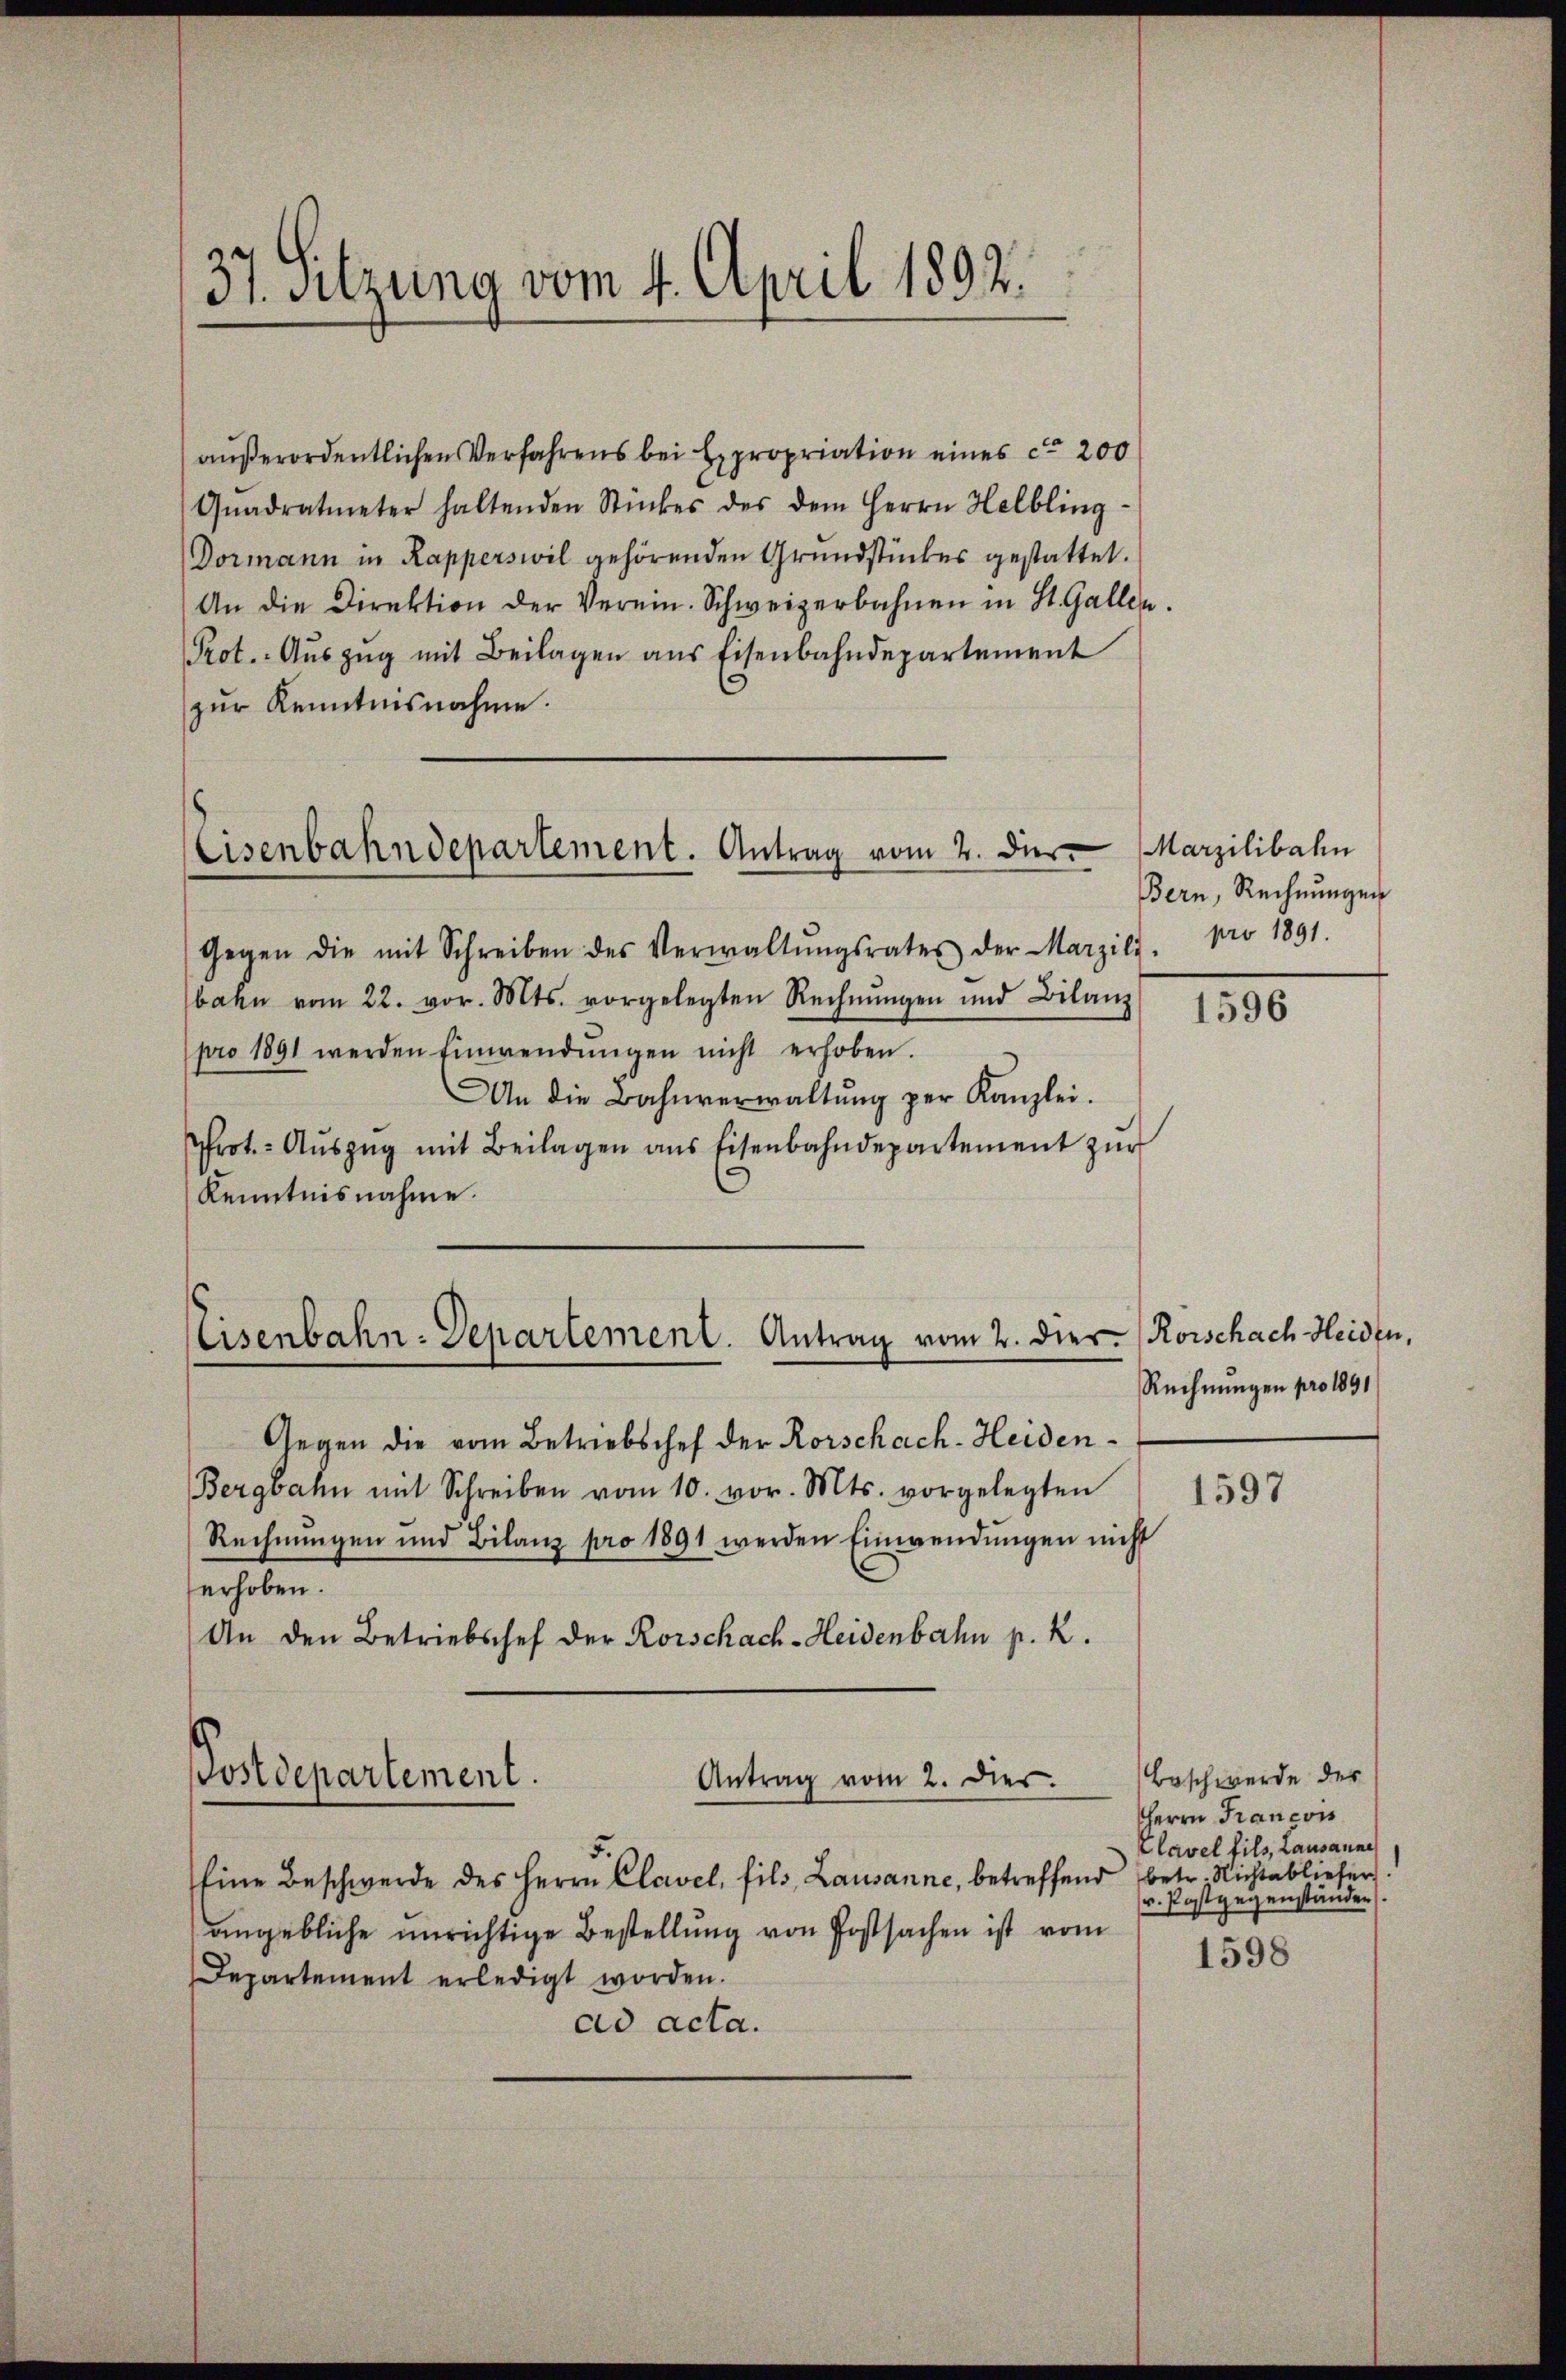
37. Sitzung vom 4. April 1892.

Eisenbahndepartement. Antrag vom 2. der

außerordentlichen Verfahrens bei Expropriation eines ca 200
Qŭadratmeter haltenden Stückes des dem Herrn Helbling-
Dormann in Rapperswil gehörenden Grundstückes gestattet.
An die Direktion der Verein. Schweizerbahnen in St. Gallen
Prot. Aŭszŭg mit Beilagen ans Eisenbahndepartement
zur Kenntnisnahme.
Gegen die mit Schreiben des Verwaltŭngsrates der Marzili. pro 1891.
bahn vom 22. vor. Mts. vorgelegten Rechnŭngen und Bilanz
pro 1891 werden Einwendŭngen nicht erhoben.
An die Bahnverwaltŭng per Kanzlei.
Prot. Aŭszŭg mit Beilagen ans Eisenbahndepartement zŭr
Kenntnisnahme.
Eisenbahn-Departement. Antrag vom 2. dies. (Rorschach Heiden,
Gegen die vom Betriebschef der Rorschach-Heiden¬
Bergbahn mit Schreiben vom 10. vor. Mts. vorgelegten
Rechnungen und Bilanz pro 1891 werden Einwendŭngen nicht
erhoben.
An den Betriebschef der Rorschach-Heidenbahn p. R.
Antrag vom 2. Dies
5.
Eine Beschwerde des Herrn Clavel, fils, Lausanne, betreffend
angebliche unrichtige Bestellung von Postsachen ist vom
Departement erledigt worden.
dd acta.

Postdepartement.

Marzilibahn
Bern, Rechnungen

1596

Rechnungen pro 1891

1597

Beschwerde der
HHerrn Francon
Clavel fils, Lausanne
betr. Nichtabliefer
v. Postgegenständen).

1598